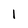
Character: I